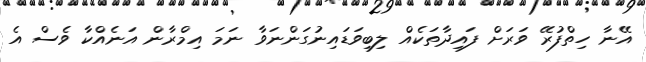
އޭނާ ހިތްފުރޭ ވަރަށް ފައިދާތަކެއް ލިބިވަޑައިނުގަންނަވާ ނަމަ އިމްރާން އަނެއްކާ ވެސް އެ